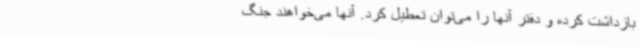
بازداشت کرده و دفتر آنها را می‌توان تعطیل کرد. آنها می‌خواهند جنگ